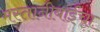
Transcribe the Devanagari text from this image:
मस्तानीबाईंचा